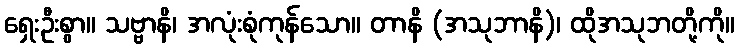
ရှေးဦးစွာ။ သဗ္ဗာနိ၊ အလုံးစုံကုန်သော။ တာနိ (အသုဘာနိ)၊ ထိုအသုဘတို့ကို။